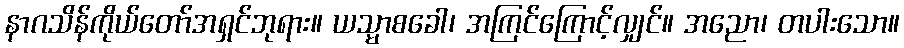
နာဂသိန်ကိုယ်တော်အရှင်ဘုရား။ ယသ္မာစခေါ၊ အကြင်ကြောင့်လျှင်။ အညော၊ တပါးသော။